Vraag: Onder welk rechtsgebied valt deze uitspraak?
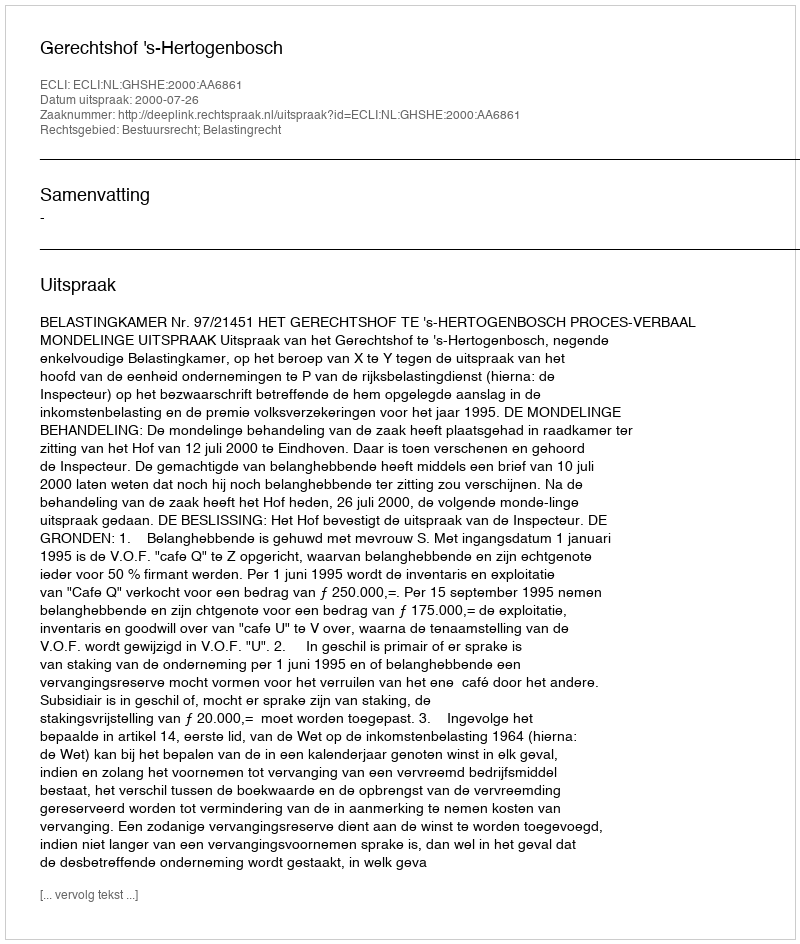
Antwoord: Bestuursrecht; Belastingrecht